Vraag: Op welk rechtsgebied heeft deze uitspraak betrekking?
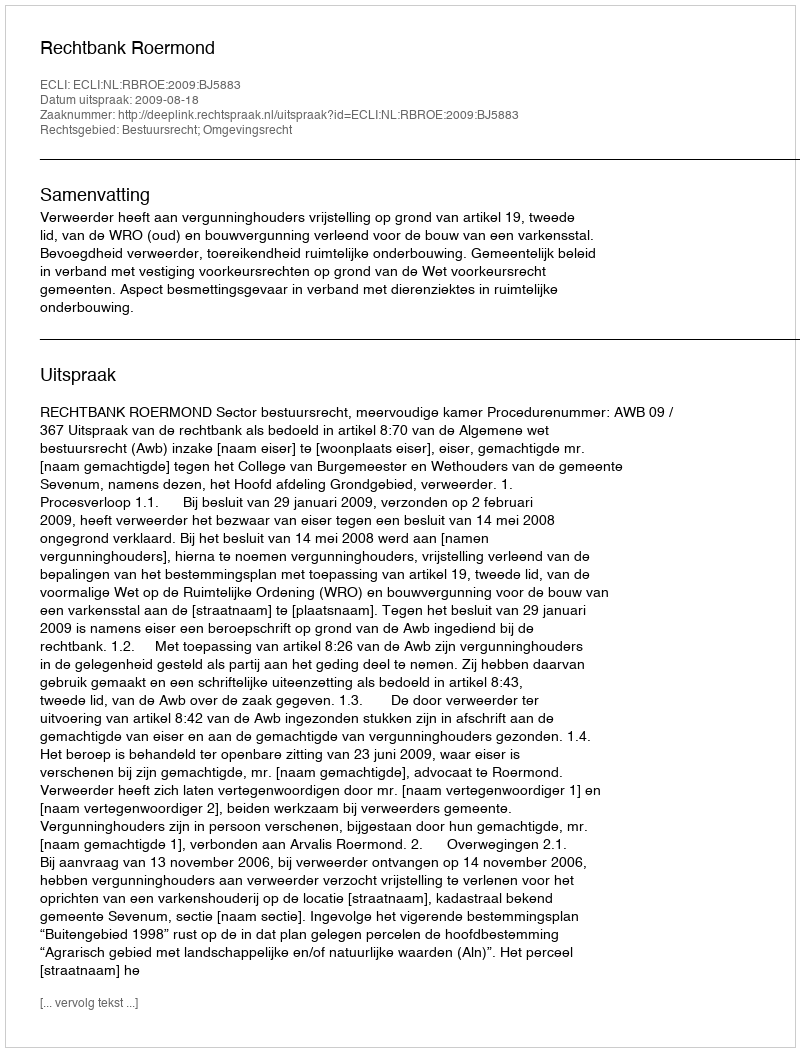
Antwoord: Bestuursrecht; Omgevingsrecht